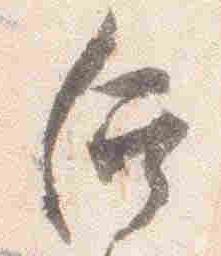
后